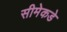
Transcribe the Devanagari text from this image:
सीमेकडे